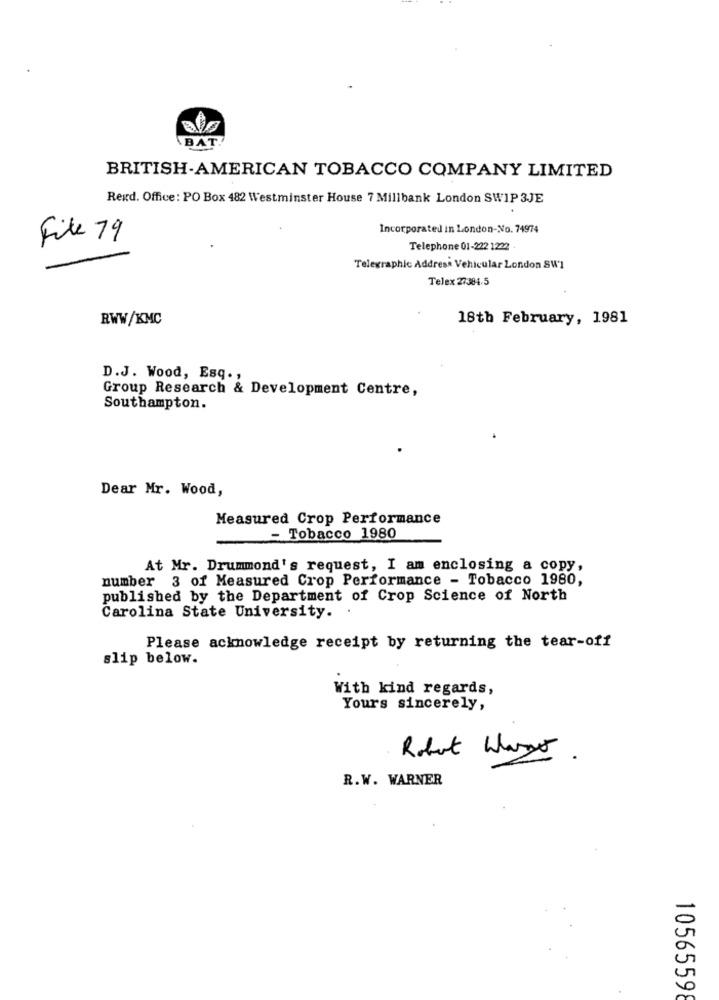
BAT!
BRITISH-AMERICAN TOBACCO COMPANY LIMITED
Rexd. Office: PO Box 482 Westminster House 7 Millbank London SWIP 3JE
Incorporated in London-No. 74974
File 79
Telephone 01-222 1222
Telegraphic Address Vehicular London SW'1
Telex 27384.5
RWW/KMC
18th February, 1981
D.J. Wood, Esq .,
Group Research & Development Centre,
Southampton.
Dear Mr. Wood,
Measured Crop Performance
- Tobacco 1980
At Mr. Drummond's request, I am enclosing a copy,
number 3 of Measured Crop Performance - Tobacco 1980,
published by the Department of Crop Science of North
Carolina State University.
Please acknowledge receipt by returning the tear-off
slip below.
With kind regards,
Yours sincerely,
Robot Wars
R.W. WARNER
10565598